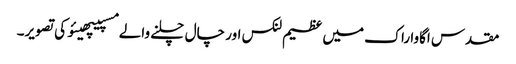
مقدس اگاوا راک میں عظیم لنکس اور چال چلنے والے مسپیپھیئو کی تصویر۔